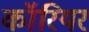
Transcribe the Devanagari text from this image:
कॉरियर